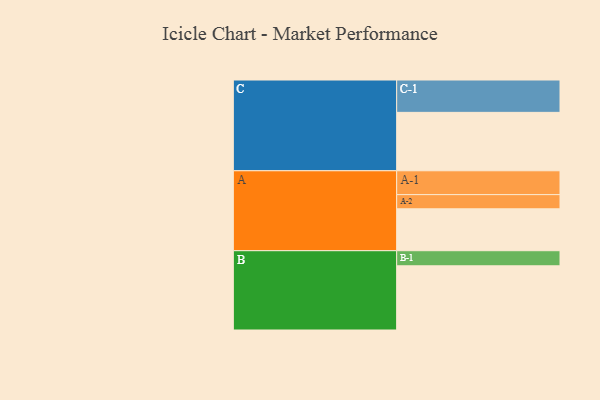
{"axis": {"x": "Segment", "y": "Value"}, "legend": ["", "A", "B", "C"], "data": [{"x": "A", "y": 383, "type": ""}, {"x": "B", "y": 587, "type": ""}, {"x": "C", "y": 534, "type": ""}, {"x": "A-1", "y": 218, "type": "A"}, {"x": "A-2", "y": 130, "type": "A"}, {"x": "B-1", "y": 138, "type": "B"}, {"x": "C-1", "y": 296, "type": "C"}]}